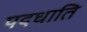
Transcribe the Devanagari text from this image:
पदधाति